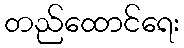
တည်ထောင်ရေး